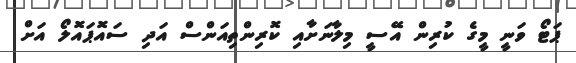
ޕަޓޯ ވަނީ މީގެ ކުރިން އޭސީ މިލާނަށާއި ކޮރިންތިއަންސް އަދި ސައޮޕައޮލޯ އަށް